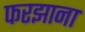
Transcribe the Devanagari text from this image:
फरझाना